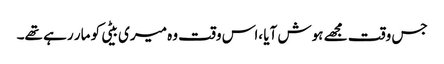
جس وقت مجھے ہوش آیا ،اس وقت وہ میری بیٹی کو مار رہے تھے۔